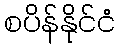
စပိန်နိုင်ငံ